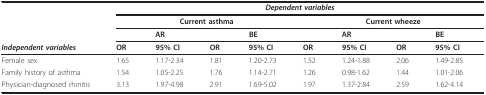
|  | <COLSPAN=8> Dependent variables |
 |  | <COLSPAN=4> Current asthma | <COLSPAN=4> Current wheeze |
 |  | <COLSPAN=2> AR | <COLSPAN=2> BE | <COLSPAN=2> AR | <COLSPAN=2> BE |
 | Independent variables | OR | 95% CI | OR | 95% CI | OR | 95% CI | OR | 95% CI |
 | --- | --- | --- | --- | --- | --- | --- | --- | --- |
 | Female sex | 1.65 | 1.17-2.34 | 1.81 | 1.20-2.73 | 1.52 | 1.24-1.88 | 2.06 | 1.49-2.85 |
 | Family history of asthma | 1.54 | 1.05-2.25 | 1.76 | 1.14-2.71 | 1.26 | 0.98-1.62 | 1.44 | 1.01-2.06 |
 | Physician-diagnosed rhinitis | 3.13 | 1.97-4.98 | 2.91 | 1.69-5.02 | 1.97 | 1.37-2.84 | 2.59 | 1.62-4.14 |